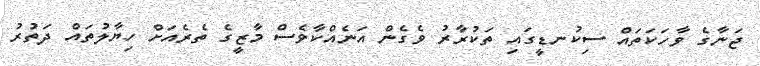
ޖަނާގެ ވާހަކަތައް ސިކުނޑީގައި ތަކުރާރު ވެގެން އަނެއްކާވެސް މާޒީގެ ތެރެއަށް ހިޔާލުތައް ދަތުރު